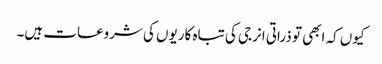
کیوں کہ ابھی تو ذراتی انرجی کی تباہ کاریوں کی شروعات ہیں۔